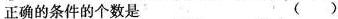
正确的条件的个数是 ()